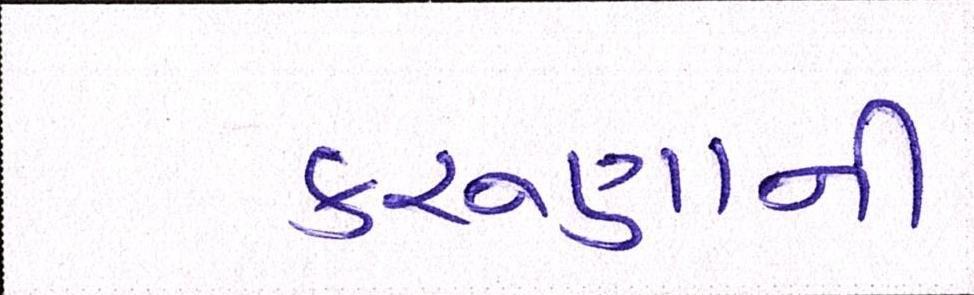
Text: કરુણાની